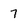
Character: 7